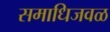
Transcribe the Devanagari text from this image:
समाधिजवळ